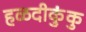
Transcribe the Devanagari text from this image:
हळदीकुंकु